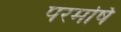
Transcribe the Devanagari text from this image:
परमर्षि